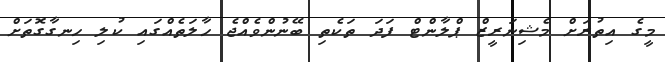
މީގެ އިތުރަށް މެޝިނަރީޒް ޕްލާންޓް ފަދަ ތަކެތި ބޭނުންވެއްޖެ ހާލަތެއްގައި ކުލި ހިނގާގޮތަށް